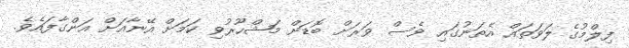
ފިލްމުގެ ލަވަތައް އެތަނުގައި ވެސް ވަރަށް ބޮޑަށް މަޝްހޫރުވި ކަމަށް އޭނާއަށް އަންގާފައެވެ.